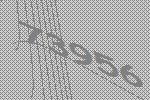
73956